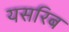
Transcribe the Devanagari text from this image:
यसरिब